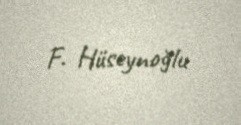
F. Hüseynoğlu